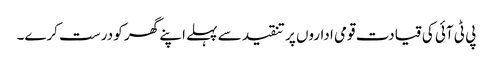
پی ٹی آئی کی قیادت قومی اداروں پر تنقید سے پہلے اپنے گھر کو درست کرے۔